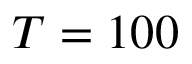
T = 1 0 0